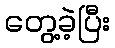
တွေ့ခဲ့ပြီး